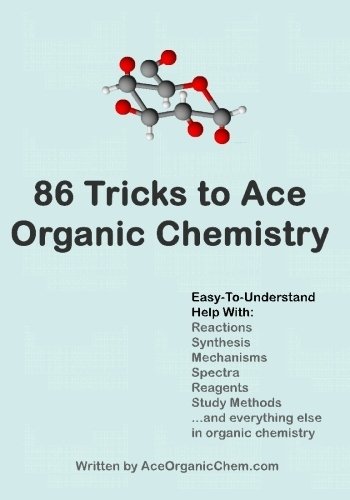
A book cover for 86 Tricks To Ace Organic Chemistry; AceOrganicChem.com; Science & Math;